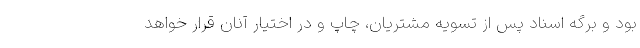
بود و برگه اسناد پس از تسویه مشتریان، چاپ و در اختیار آنان قرار خواهد